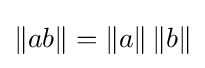
\left\|ab\right\|=\left\|a\right\|\left\|b\right\|